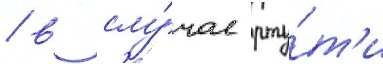
/ в слу́чае рту́т'и